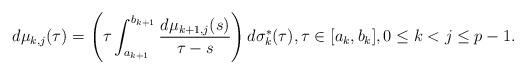
LaTeX: \begin{align*}d\mu_{k,j}(\tau)=\left(\tau\int_{a_{k+1}}^{b_{k+1}}\frac{d\mu_{k+1,j}(s)}{\tau-s}\right)d\sigma^*_{k}(\tau),\tau \in [a_k,b_k],0\leq k < j\leq p-1.\end{align*}